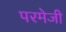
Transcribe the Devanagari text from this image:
परमेजी